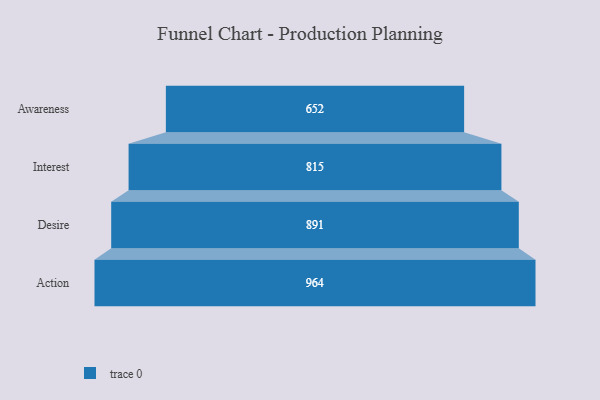
{"axis": {"x": "Stage", "y": "Value"}, "legend": [""], "data": [{"x": "Awareness", "y": 652.0, "type": ""}, {"x": "Interest", "y": 815.0, "type": ""}, {"x": "Desire", "y": 891.0, "type": ""}, {"x": "Action", "y": 964.0, "type": ""}]}